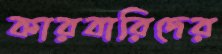
কারবারিদের